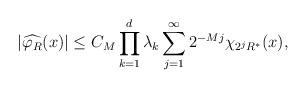
LaTeX: \begin{align*} \begin{aligned} | \widehat{\varphi_R}(x) | & \leq C_M \prod_{k=1}^d \lambda_k \sum^{\infty}_{j=1} 2^{-Mj} \chi_{2^j R^*} (x), \end{aligned} \end{align*}